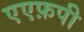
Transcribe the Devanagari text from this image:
एएफ़पी